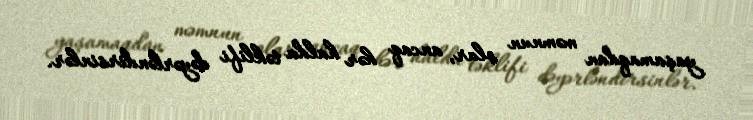
yaşamaqdan məmnun olar, ancaq hər halda təklifi dəyərləndirsinlər.